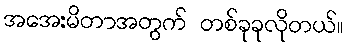
အအေးမိတာအတွက် တစ်ခုခုလိုတယ်။